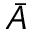
\bar { A }